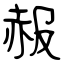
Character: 赧